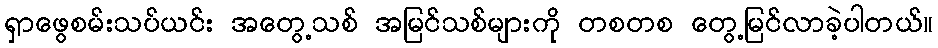
ရှာဖွေစမ်းသပ်ယင်း အတွေ့သစ် အမြင်သစ်များကို တစတစ တွေ့မြင်လာခဲ့ပါတယ်။